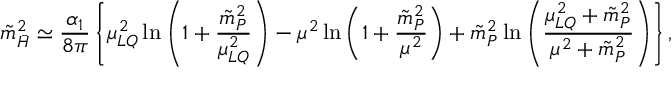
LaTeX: { \tilde { m } } _ { \bar { H } } ^ { 2 } \simeq { \frac { \alpha _ { 1 } } { 8 \pi } } \left\{ \mu _ { L Q } ^ { 2 } \ln \left( 1 + { \frac { { \tilde { m } } _ { P } ^ { 2 } } { \mu _ { L Q } ^ { 2 } } } \right) - \mu ^ { 2 } \ln \left( 1 + { \frac { { \tilde { m } } _ { P } ^ { 2 } } { \mu ^ { 2 } } } \right) + { \tilde { m } } _ { P } ^ { 2 } \ln \left( { \frac { \mu _ { L Q } ^ { 2 } + { \tilde { m } } _ { P } ^ { 2 } } { \mu ^ { 2 } + { \tilde { m } } _ { P } ^ { 2 } } } \right) \right\} ,